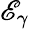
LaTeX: \mathscr{E}_{\gamma}